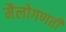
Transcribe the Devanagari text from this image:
मैलोगणती